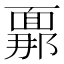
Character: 𮧍